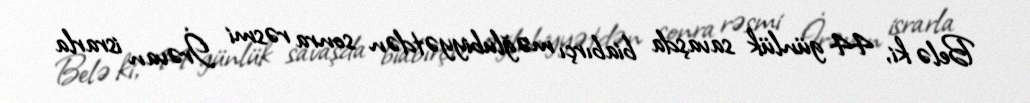
Belə ki, 44 günlük savaşda biabırçı məğlubiyyətdən sonra rəsmi İrəvan israrla